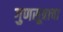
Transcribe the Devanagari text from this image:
गुणसूत्राचा